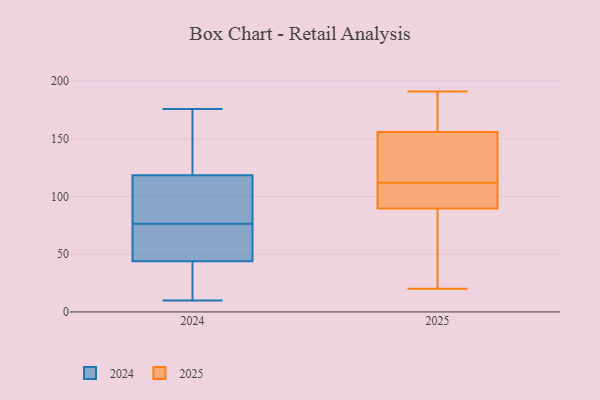
{"axis": {"x": "Production Output", "y": "Value"}, "legend": ["2024", "2025"], "data": [{"x": "", "y": 191, "type": "2025"}, {"x": "", "y": 54, "type": "2025"}, {"x": "", "y": 98, "type": "2025"}, {"x": "", "y": 191, "type": "2025"}, {"x": "", "y": 20, "type": "2025"}, {"x": "", "y": 142, "type": "2025"}, {"x": "", "y": 94, "type": "2025"}, {"x": "", "y": 103, "type": "2025"}, {"x": "", "y": 91, "type": "2025"}, {"x": "", "y": 121, "type": "2025"}, {"x": "", "y": 112, "type": "2025"}, {"x": "", "y": 80, "type": "2025"}, {"x": "", "y": 86, "type": "2025"}, {"x": "", "y": 149, "type": "2025"}, {"x": "", "y": 118, "type": "2025"}, {"x": "", "y": 177, "type": "2025"}, {"x": "", "y": 177, "type": "2025"}, {"x": "", "y": 52, "type": "2024"}, {"x": "", "y": 97, "type": "2024"}, {"x": "", "y": 130, "type": "2024"}, {"x": "", "y": 107, "type": "2024"}, {"x": "", "y": 78, "type": "2024"}, {"x": "", "y": 75, "type": "2024"}, {"x": "", "y": 36, "type": "2024"}, {"x": "", "y": 35, "type": "2024"}, {"x": "", "y": 34, "type": "2024"}, {"x": "", "y": 10, "type": "2024"}, {"x": "", "y": 158, "type": "2024"}, {"x": "", "y": 176, "type": "2024"}, {"x": "", "y": 158, "type": "2024"}, {"x": "", "y": 65, "type": "2024"}, {"x": "", "y": 66, "type": "2024"}, {"x": "", "y": 83, "type": "2024"}]}